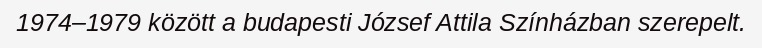
1974–1979 között a budapesti József Attila Színházban szerepelt.